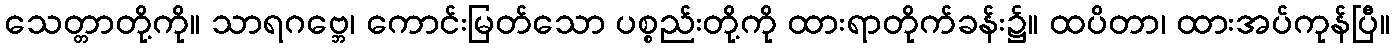
သေတ္တာတို့ကို။ သာရဂဗ္ဘေ၊ ကောင်းမြတ်သော ပစ္စည်းတို့ကို ထားရာတိုက်ခန်း၌။ ထပိတာ၊ ထားအပ်ကုန်ပြီ။